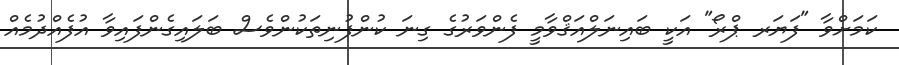
ކަމަށްވާ "ފަޔަރ ޕްރޯ" އަކީ ބައިނަލްއަޤްވާމީ ފެންވަރުގެ ގިނަ ކުންފުނިތަކުންވެސް ބަލައިގެންފައިވާ އުފެއްދުމެއް